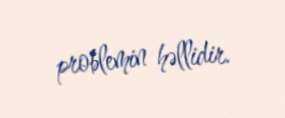
problemin həllidir.